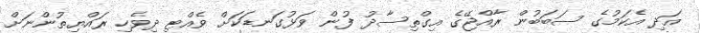
އަދި އެކަމުގެ ސަބަބުން ރާއްޖޭގެ އިގްތިސާދު ފުން ވަޅުގަނޑަކަށް ވެއްޓި ދިވެހި ރައްޔިތުންނަށް